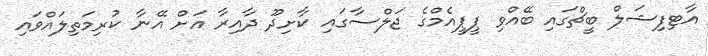
އާޓިފިޝަލް ބީޗްގައި ބޭއްވި ޕީޕީއެމްގެ ޖަލްސާގައި ކާށިދޫ ދާއިރާ އަށް އޭނާ ކުރިމަތިލައްވައި